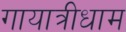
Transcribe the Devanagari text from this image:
गायात्रीधाम